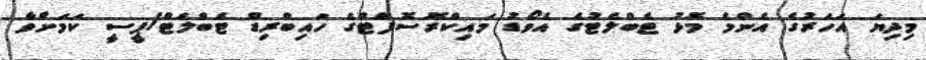
މިދިޔަ އަހަރުގެ އެންމެ މޮޅު ޓެބްލެޓުގެ އެވޯޑު މައިކްރޮސޮފްޓްގެ ހައިބްރިޑް ޓެބްލެޓް/ޕީސީ ކަމަށްވާ